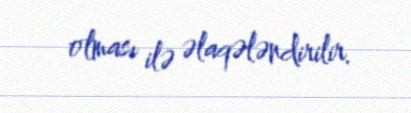
olması ilə əlaqələndirilir.